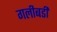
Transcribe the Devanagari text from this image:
गलीबर्डी